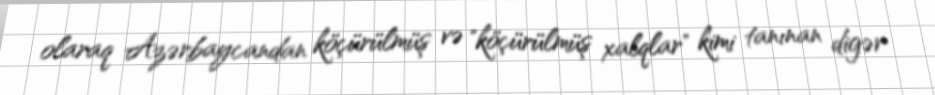
olaraq Azərbaycandan köçürülmüş və "köçürülmüş xalqlar" kimi tanınan digər